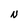
Character: N